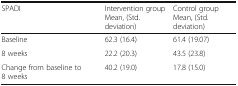
| SPADI | Intervention groupMean, (Std. deviation) | Control groupMean, (Std. deviation) |
 | --- | --- | --- |
 | Baseline | 62.3 (16.4) | 61.4 (19.07) |
 | 8 weeks | 22.2 (20.3) | 43.5 (23.8) |
 | Change from baseline to 8 weeks | 40.2 (19.0) | 17.8 (15.0) |